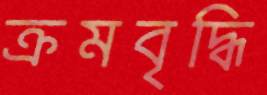
ক্রমবৃদ্ধি